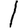
Digit: 1